King Institute of Preventive Medicine Micro-Biological Section reports 1912-19
Year: 1912
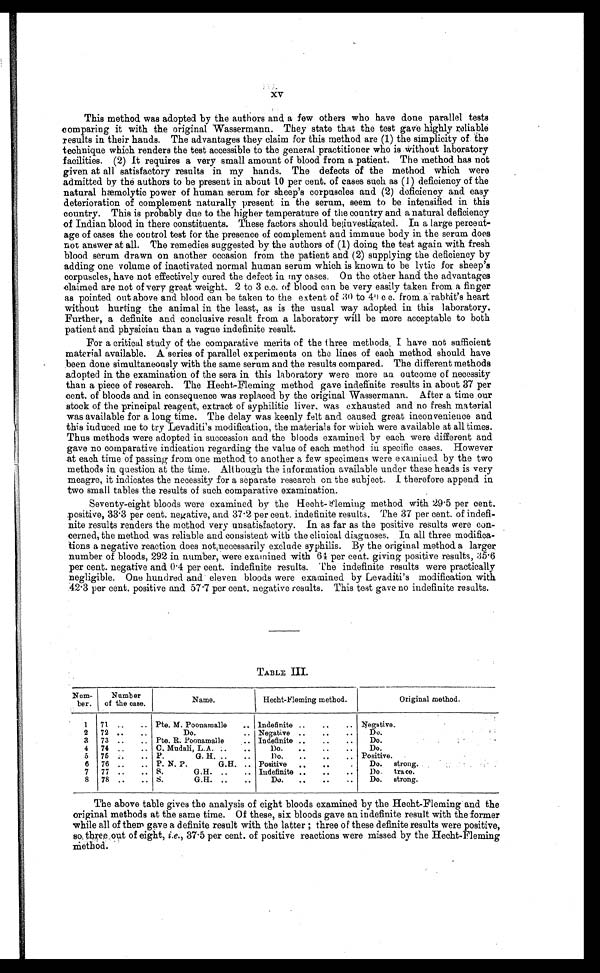
xv
This method was adopted by the authors and a few others who have done parallel tests
comparing it with the original Wassermann. They state that the test gave highly reliable
results in their hands. The advantages they claim for this method are (1) the simplicity of the
technique which renders the test accessible to the general practitioner who is without laboratory
facilities. (2) It requires a very small amount of blood from a patient. The method has not
given at all satisfactory results in my hands. The defects of the method which were
admitted by the authors to be present in about 10 per cent. of cases such as (1) deficiency of the
natural hæmolytic power of human serum for sheep's corpuscles and (2) deficiency and easy
deterioration of complement naturally present in the serum, seem to be intensified in this
country. This is probably due to the higher temperature of the country and a natural deficiency
of Indian blood in there constituents. These factors should be investigated. In a large percent-
age of cases the control test for the presence of complement and immune body in the serum does
not answer at all. The remedies suggested by the authors of (1) doing the test again with fresh
blood serum drawn on another occasion from the patient and (2) supplying the deficiency by
adding one volume of inactivated normal human serum which is known to be lytic for sheep's
corpuscles, have not effectively cured the defect in my cases. On the other hand the advantages
claimed are not of very great weight. 2 to 3 c.c. of blood can be very easily taken from a finger
as pointed out above and blood can be taken to the extent of 30 to 40 c c. from a rabbit's heart
without hurting the animal in the least, as is the usual way adopted in this laboratory.
Further, a definite and conclusive result from a laboratory will be more acceptable to both
patient and physician than a vague indefinite result.
For a critical study of the comparative merits of the three methods, I have not sufficient
material available. A series of parallel experiments on the lines of each method should have
been done simultaneously with the same serum and the results compared. The different methods
adopted in the examination of the sera in this laboratory were more an outcome of necessity
than a piece of research. The Hecht-Fleming method gave indefinite results in about 37 per
cent. of bloods and in consequence was replaced by the original Wassermann. After a time our
stock of the principal reagent, extract of syphilitic liver, was exhausted and no fresh material
was available for a long time. The delay was keenly felt and caused great inconvenience and
this induced me to try Levaditi's modification, the materials for which were available at all times.
Thus methods were adopted in succession and the bloods examined by each were different and
gave no comparative indication regarding the value of each method in specific cases. However
at each time of passing from one method to another a few specimens were examined by the two
methods in question at the time. Although the information available under these heads is very
meagre, it indicates the necessity for a separate research on the subject. I therefore append in
two small tables the results of such comparative examination.
Seventy-eight bloods were examined by the Hecht-Fleming method with 29·5 per cent.
positive, 33·3 per cent. negative, and 37·2 per cent. indefinite results. The 37 per cent. of indefi-
nite results renders the method very unsatisfactory. In as far as the positive results were
concerned, the method was reliable and consistent with the clinical diagnoses. In all three modifica-
tions a negative reaction does not necessarily exclude syphilis. By the original method a larger
number of bloods, 292 in number, were examined with 64 per cent. giving positive results, 35·6
per cent. negative and 0·4 per cent. indefinite results. The indefinite results were practically
negligible. One hundred and eleven bloods were examined by Levaditi's modification with
42·3 per cent. positive and 57·7 per cent. negative results. This test gave no indefinite results.
TABLE III.
The above table gives the analysis of eight bloods examined by the Hecht-Fleming and the
original methods at the same time. Of these, six bloods gave an indefinite result with the former
while all of them gave a definite result with the latter; three of these definite results were positive,
so three out of eight, i.e. , 37·5 per cent. of positive reactions were missed by the Hecht-Fleming
method.